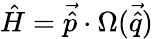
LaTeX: \hat{H}=\vec{\hat{p}}\cdot\Omega(\vec{\hat{q}})